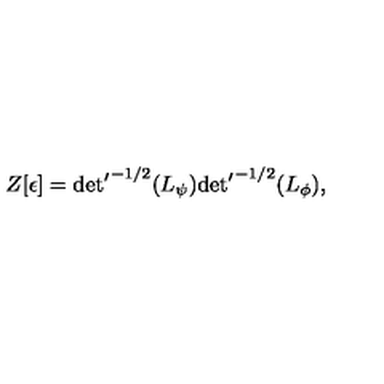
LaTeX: Z [ \epsilon ] = { { \det } ^ { \prime } } ^ { - 1 / 2 } ( L _ { \psi } ) { { \det } ^ { \prime } } ^ { - 1 / 2 } ( L _ { \phi } ) ,